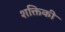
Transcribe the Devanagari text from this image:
शक्तिकी